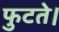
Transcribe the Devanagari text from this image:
फुटते।